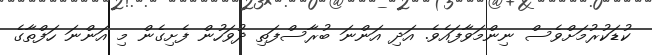
ކުޑަކުރުމަށްވެސް ނިންމަވާފައެވެ. އަދި އަންނަ ބުރާސްފަތި ދުވަހުން ފެށިގެން މި އަންނަ ހަފްތާގެ